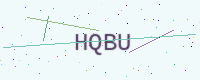
Text: HQBU